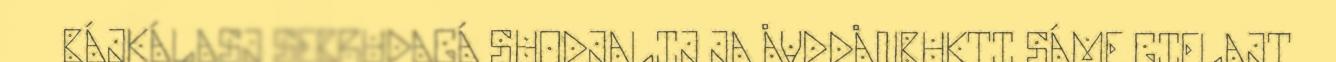
BÁJKÁLASJ SEBRUDAGÁ SUODJALIJ JA ÅVDDÅNBUKTI SÁME GIELAJT